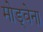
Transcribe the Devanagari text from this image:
मोड्वेना